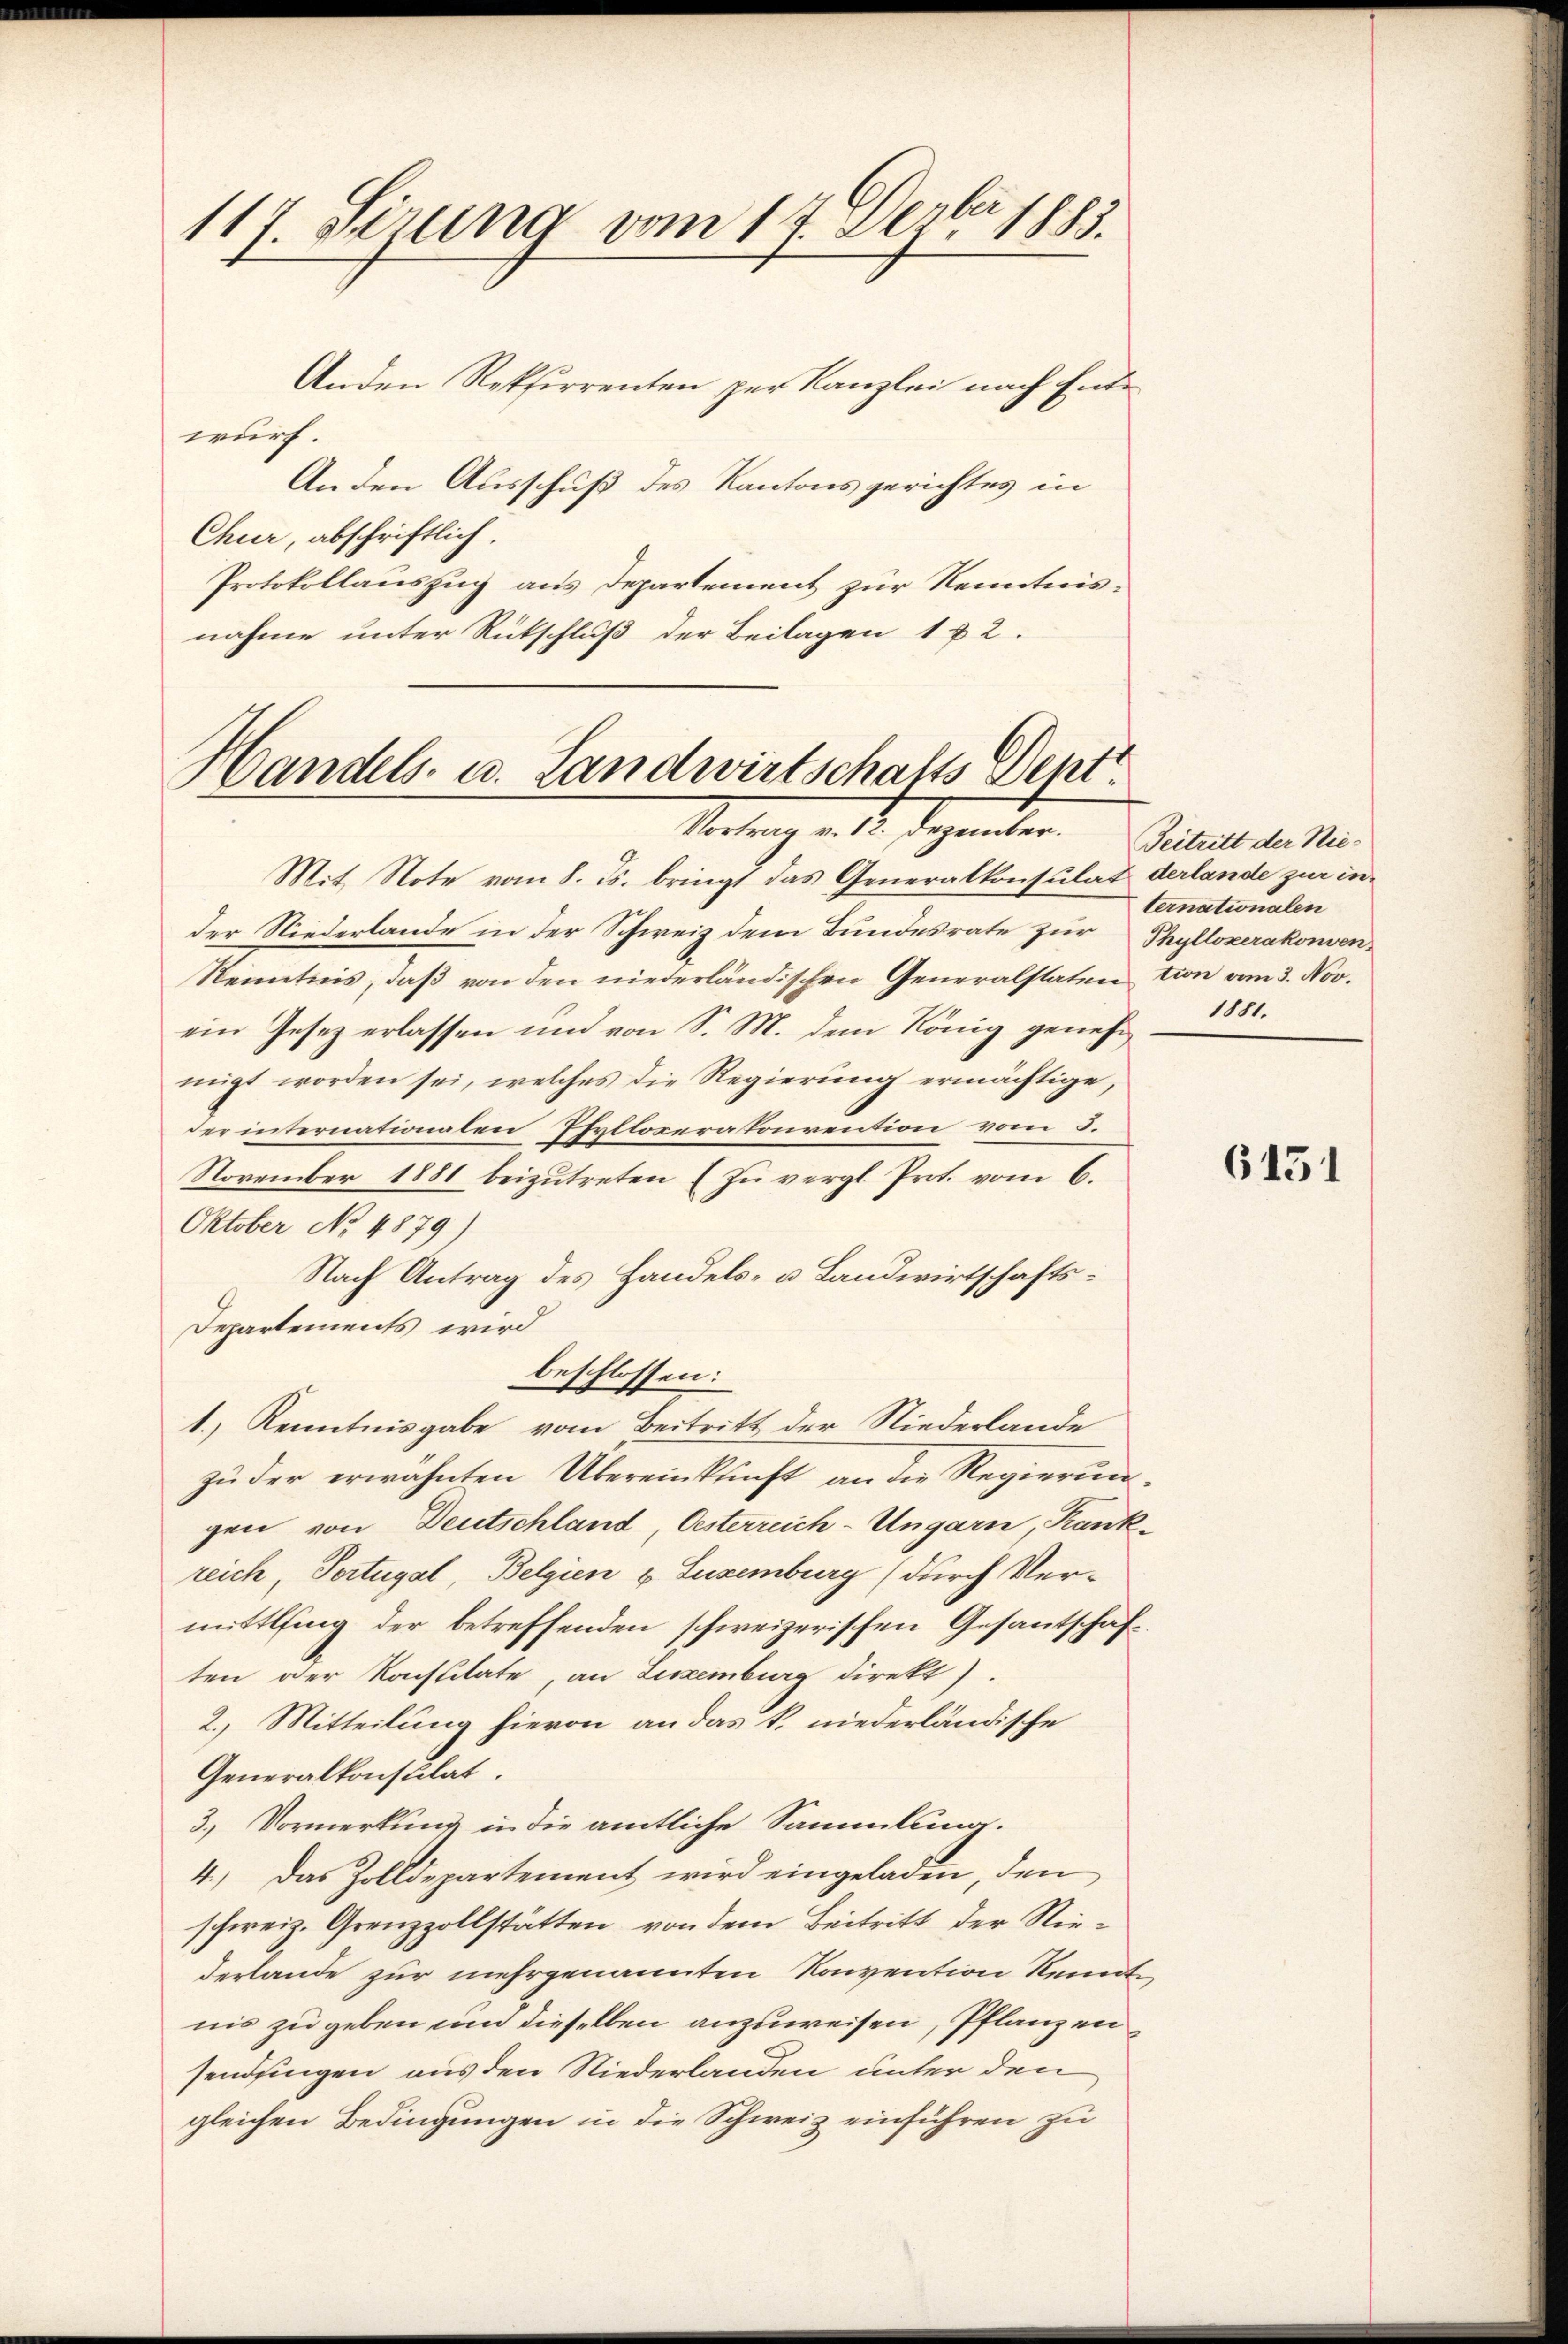
117. Sizung vom 14. Derber 1883.

Anden Rekurrenten zur Kanzlei nach Entwurf.
An den Ausschuß des Kantonsgerichtes in
Chur, abschriftlich.
Protokollauszug aus Departement zur Kenntnisnahme unter Rutschluß der Beilagen 1 & 2.

Handels- u. Landwirtschafts Dent¬
Vortrag v. 12. Dezember. Beitritt der Nie¬

ternationalen

Mit Note vom 8. ds. bringt das Generalkonsulat derlande zur in-
der Niederlande in der Schweiz dem Bundesrate zur Phylloxerakonven¬
Kenntnis, daß von den niederländischen Generalstatention vom 3. Nov.
ein Gesetz erlassen und von S. M. dem König genehm 1881.
migt worden sei, welches die Regierŭng ermächtige,
der internationalen Phylloperatonrention vom 3.
November 1881 beizŭtreten (zu vergl. Prot. vom 6.
Oktober No. 4879)
Nach Antrag des Handels- u. Landwirtschafts¬
Departements wird
beschlossen:
1.) Kenntnisgabe vom Beitritt der Niederlande
zu der erwähnten Übereinkunft an die Regierung
gen von Deutschland, Osterreich-Ungarn, Kankreich, Portugal, Belgien u. Luzemburg (durch Vermittling der betreffenden schweizerischen Gesantschaft
ten oder Konstitate, an Luxenburg direkt).
2.) Mitteilung hievon an das k. niederländische
Generalkonsulat.
3. Vormerkung in die amtliche Sammlung.
4.) Das Zolldepartement wird eingeladen, den
schweiz. Grenzzollstätten, von dem Beitritt der Nie¬
Verlande zur mehrgenannten Konvention kennt
nis zu geben und dieselben anzuweisen, Pflanzen
sendsingen aus den Niederlanden unter den
gleichen Bedingungen in die Schweiz einführen zu

6151